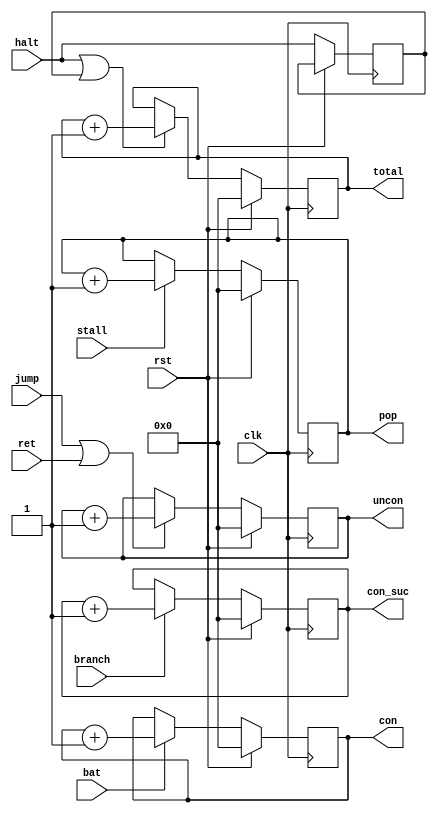
module counter(
	clk,rst,branch,bat,jump,ret,
	halt,stall,
    total,uncon,con,con_suc,pop
    );
    input clk,rst,branch,bat,jump,ret;
    input halt,stall;
    output reg[15:0] total,uncon,con,con_suc,pop;
    reg reg_halt;
    initial begin
        uncon <=0;
        con <=0;
        total <=0;
        con_suc <=0;
        pop <= 0;
    end
   always @ (posedge clk) begin
     if(rst) begin
        total <= 0;
        uncon <= 0;
        con <= 0;
        con_suc <= 0;
        pop <= 0;
     end
     else begin
        reg_halt <= halt;
        if(jump|ret) begin
            uncon <= uncon +1;
        end
        else begin
            uncon <= uncon;
        end
        if(bat) begin
            con <= con+1;
        end
        else begin
            con <= con;
        end
        if(halt | reg_halt) begin
            total <= total +1;
        end
        else begin
            total <= total;
        end
        if(branch) begin
            con_suc <= con_suc +1;
        end
        else begin
            con_suc <= con_suc;
        end
        if(stall) begin
        	pop <= pop + 1;
        end
        else begin
        	pop <= pop;
        end
     end
   end
         
endmodule